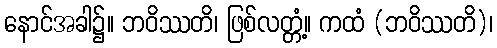
နောင်အခါ၌။ ဘဝိဿတိ၊ ဖြစ်လတ္တံ့။ ကထံ (ဘဝိဿတိ)၊